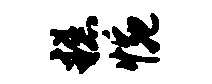
糕惋